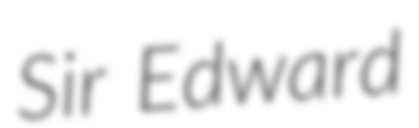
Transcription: Sir Edward